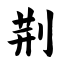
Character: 荆